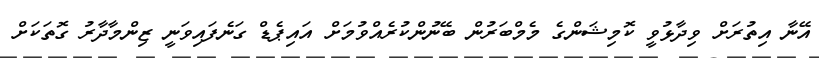
އޭނާ އިތުރަށް ވިދާޅުވީ ކޮމިޝަންގެ މެމްބަރުން ބޭނުންކުރެއްވުމަށް އައިޕެޑް ގަނެފައިވަނީ ޒިންމާދާރު ގޮތަކަށް